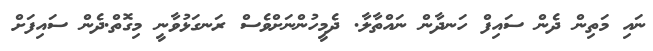
ނައި މަތިން ދެން ސައިފް ހަނދާން ނައްތާލާ. ދެމީހުންނަށްވެސް ރަނގަޅުވާނީ މިގޮތް.ދެން ސައިފަށް